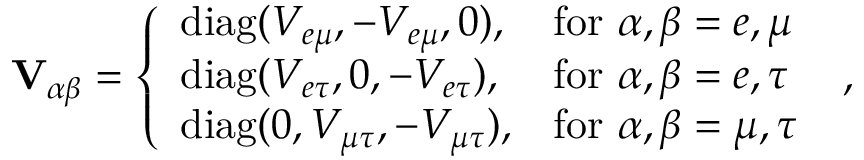
\mathbf { V } _ { \alpha \beta } = \left\{ \begin{array} { l l } { \mathrm { d i a g } ( V _ { e \mu } , - V _ { e \mu } , 0 ) , } & { \mathrm { f o r } ~ \alpha , \beta = e , \mu } \\ { \mathrm { d i a g } ( V _ { e \tau } , 0 , - V _ { e \tau } ) , } & { \mathrm { f o r } ~ \alpha , \beta = e , \tau } \\ { \mathrm { d i a g } ( 0 , V _ { \mu \tau } , - V _ { \mu \tau } ) , } & { \mathrm { f o r } ~ \alpha , \beta = \mu , \tau } \end{array} \right. \; ,